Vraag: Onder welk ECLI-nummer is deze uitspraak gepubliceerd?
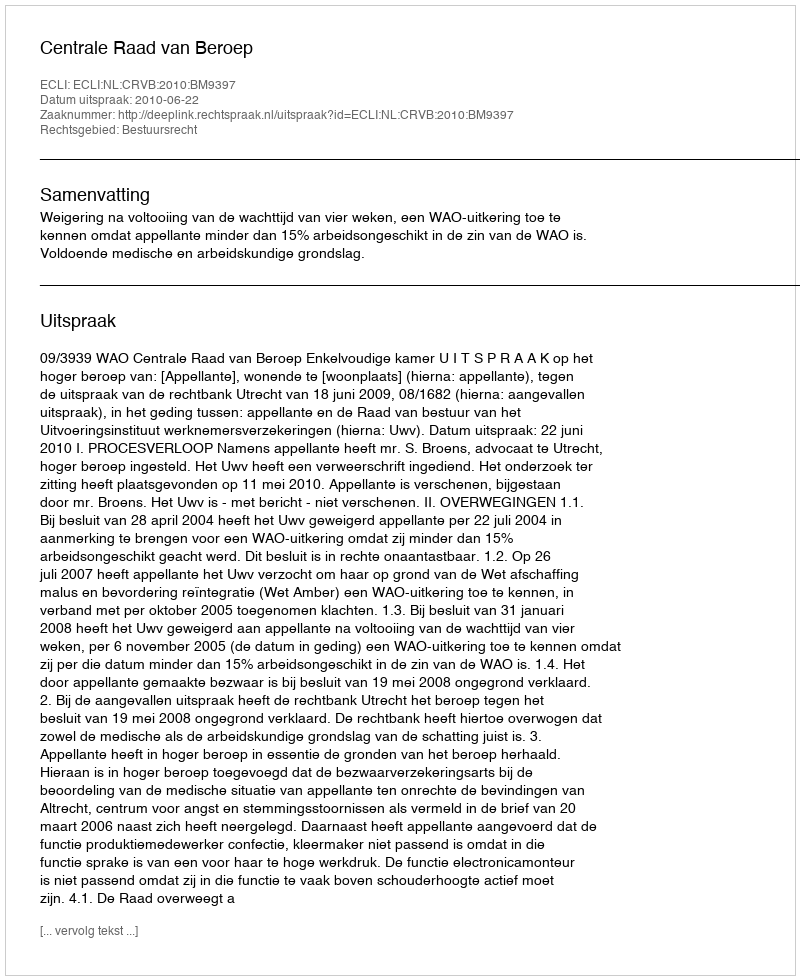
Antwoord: ECLI:NL:CRVB:2010:BM9397